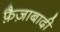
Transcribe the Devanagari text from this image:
फ़ैज़ाबादी